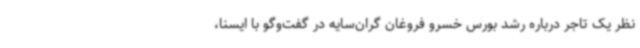
نظر یک تاجر درباره رشد بورس خسرو فروغان گران‌سایه در گفت‌وگو با ایسنا،